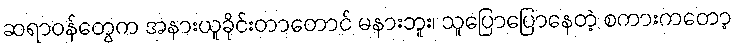
ဆရာဝန်တွေက အနားယူခိုင်းတာတောင် မနားဘူး၊ သူပြောပြောနေတဲ့ စကားကတော့